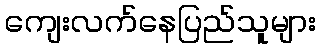
ကျေးလက်နေပြည်သူများ